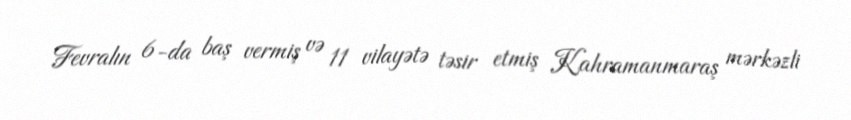
Fevralın 6-da baş vermiş və 11 vilayətə təsir etmiş Kahramanmaraş mərkəzli